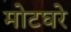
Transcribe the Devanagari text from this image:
मोटघरे